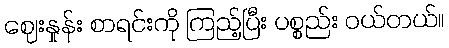
ဈေးနှုန်း စာရင်းကို ကြည့်ပြီး ပစ္စည်း ဝယ်တယ်။